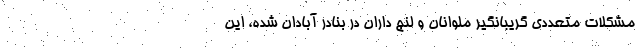
مشکلات متعددی گریبانگیر ملوانان و لنج داران در بنادر آبادان شده، این